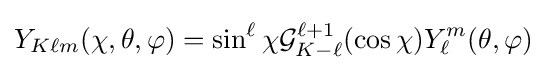
Y_{K\ell m}(\chi ,\theta ,\varphi )=\sin ^{\ell }\chi {\mathcal {G}}_{K-\ell }^{\ell +1}(\cos \chi )Y_{\ell }^{m}(\theta ,\varphi )